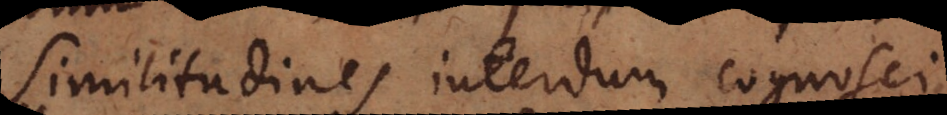
Similitudines interdum cognosci